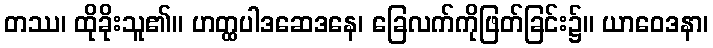
တဿ၊ ထိုခိုးသူ၏။ ဟတ္ထပါဒဆေဒနေ၊ ခြေလက်ကိုဖြတ်ခြင်း၌။ ယာဝေဒနာ၊